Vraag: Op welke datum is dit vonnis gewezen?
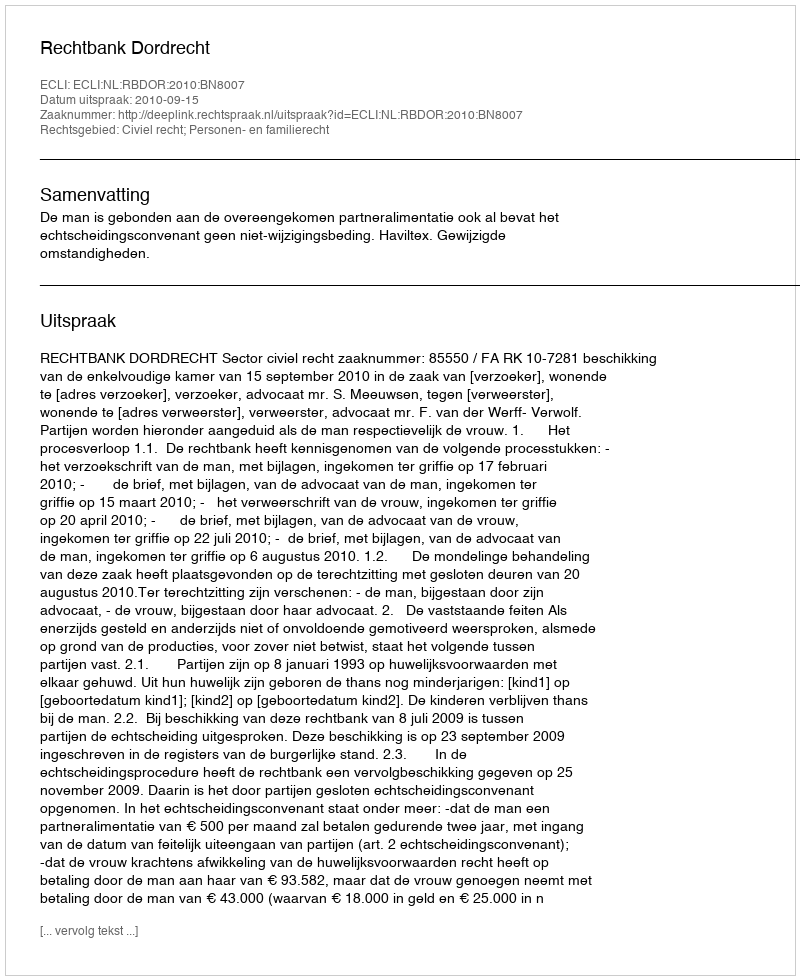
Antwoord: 2010-09-15